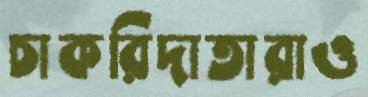
চাকরিদাতারাও